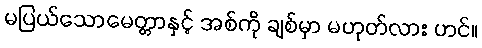
မပြယ်သောမေတ္တာနှင့် အစ်ကို ချစ်မှာ မဟုတ်လား ဟင်။